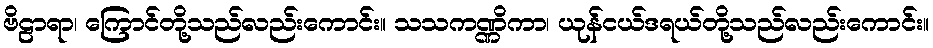
ဗိဠာရာ၊ ကြောင်တို့သည်လည်းကောင်း။ သသကဏ္ဏိကာ၊ ယုန်ငယ်ဒရယ်တို့သည်လည်းကောင်း။